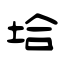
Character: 垥